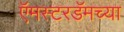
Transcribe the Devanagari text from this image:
ऍमस्टरडॅमच्या